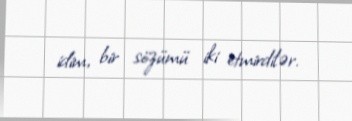
idim, bir sözümü iki etmirdilər.